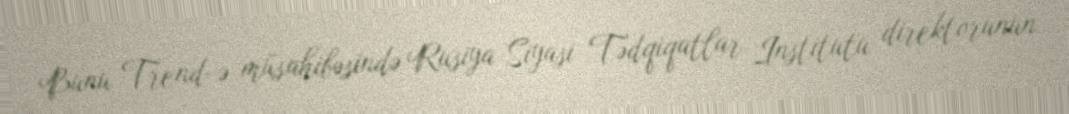
Bunu Trend-ə müsahibəsində Rusiya Siyasi Tədqiqatlar İnstitutu direktorunun